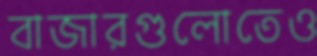
বাজারগুলোতেও